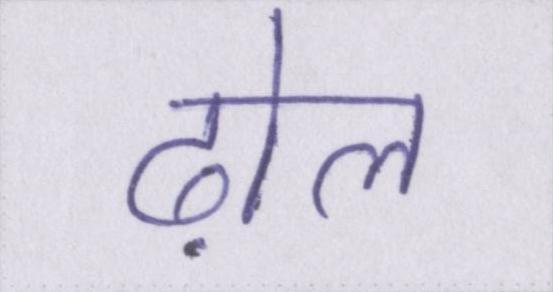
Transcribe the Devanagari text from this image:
ढ़ोल